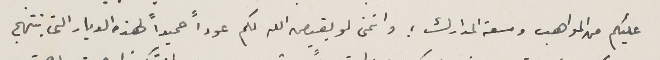
عليكم من المواهب وسعة المدارك ؛ واتمنى لو يقيص الله لكم عوداً حميداً لهذه الديار التى تبتهج